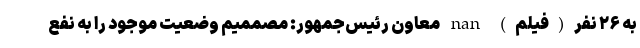
به ۲۶ نفر(فیلم) nan معاون رئیس‌جمهور: مصممیم وضعیت موجود را به نفع